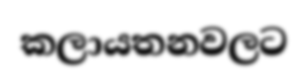
කලායතනවලට